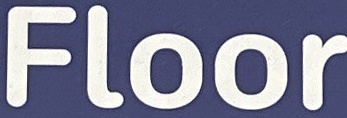
Floor